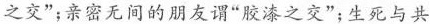
之交”；亲密无间的朋友谓”胶漆之交”；生死与共